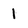
Character: 1